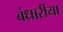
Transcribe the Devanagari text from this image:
बंधारीया